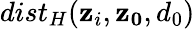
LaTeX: dist_{H}(\mathbf{z}_{i},\mathbf{z_{0}},d_{0})